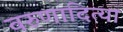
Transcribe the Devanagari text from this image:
वरुणादित्या